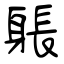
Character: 躼